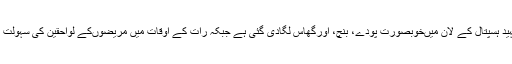
انہوں نے بتایا کہ عزیز بھٹی شہید ہسپتال کے لان میںخوبصورت پودے، بنچ، اورگھاس لگادی گئی ہے جبکہ رات کے اوقات میں مریضوںکے لواحقین کی سہولت کے لئے لائٹس لگادی گئی ہیں ۔